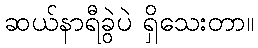
ဆယ်နာရီခွဲပဲ ရှိသေးတာ။